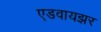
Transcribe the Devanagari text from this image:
एडवायझर